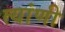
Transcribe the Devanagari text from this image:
त्यांणी